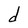
Character: d